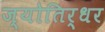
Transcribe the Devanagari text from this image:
ज्योतिर्धर